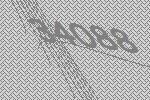
34088